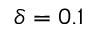
\delta = 0 . 1